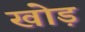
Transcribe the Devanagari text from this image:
खोड़